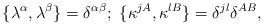
LaTeX: \begin{align*}\{ \lambda ^\alpha ,\lambda ^\beta \} = \delta ^{\alpha\beta };\ \{ \kappa ^{jA} ,\kappa ^{lB} \} = \delta ^{jl} \delta ^{AB},\end{align*}